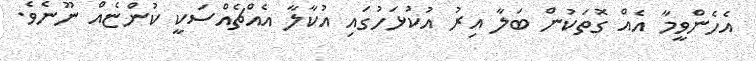
އެހެންވީމާ އެއް ގޮތަކުން ބަލާ އިރު އުކުޅަހުގައި އުކާލާ އެއްޗެއްސަކީ ކުންޏެއް ނޫނެވެ.